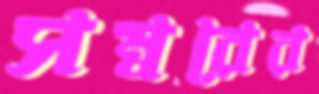
সম্বরের